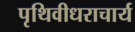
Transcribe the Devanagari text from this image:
पृथिवीधराचार्य